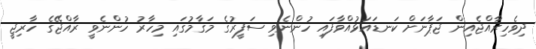
ދިވެހިރާއްޖެއިން ޖަޕާނަށް ކަނޑައަޅުއްވާފައި ހުންނެވި ސަފީރުގެ މަގާމުގައި މިހާރު ހުންނެވީ ރާއްޖޭގެ ހާރިޖީ